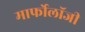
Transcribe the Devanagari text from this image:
मार्फोलॉजी